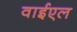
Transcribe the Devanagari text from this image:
वाईएल